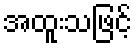
အထူးသဖြင့်